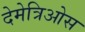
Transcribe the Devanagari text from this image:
देमेत्रिओस